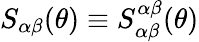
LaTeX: S_{\alpha\beta}(\theta)\equiv S_{\alpha\beta}^{\alpha\beta}(\theta)